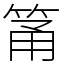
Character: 筩